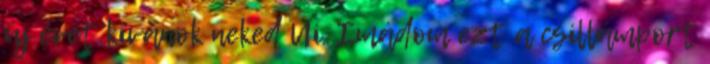
új évet kívánok neked Ui. Imádom ezt a csillámport